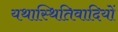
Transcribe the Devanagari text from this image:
यथास्थितिवादियों